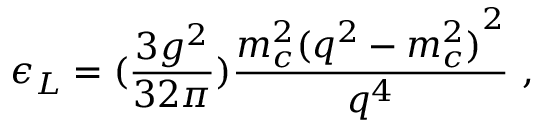
\epsilon _ { L } = ( \frac { 3 g ^ { 2 } } { 3 2 \pi } ) \frac { m _ { c } ^ { 2 } { ( q ^ { 2 } - m _ { c } ^ { 2 } ) } ^ { 2 } } { q ^ { 4 } } ~ ,